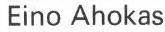
Eino Ahokas